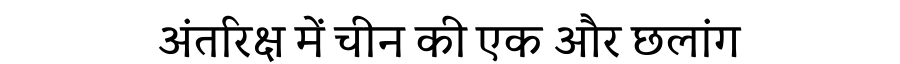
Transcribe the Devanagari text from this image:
अंतरिक्ष में चीन की एक और छलांग